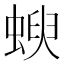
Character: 𧍳